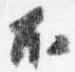
不